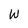
Character: W